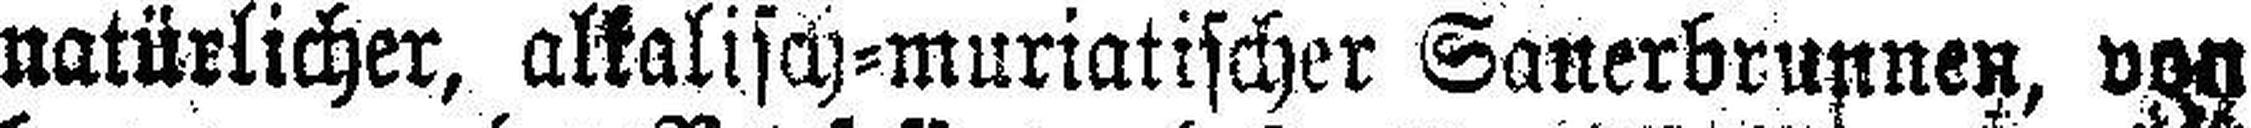
natürlicher, alkalisch=muriatischer Sauerbrunnen, von